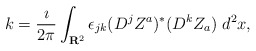
\begin{align*}k = \frac{\imath}{2\pi} \int_{{\bf R}^2} \epsilon_{jk} (D^j Z^a)^* (D^k Z_a) \; d^{2}x,\end{align*}